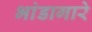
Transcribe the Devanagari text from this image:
भांडागारे